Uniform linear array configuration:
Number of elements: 32
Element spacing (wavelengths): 1
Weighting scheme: hamming
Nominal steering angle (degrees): -60
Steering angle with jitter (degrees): -58.943
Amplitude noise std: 0.05
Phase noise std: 0.05

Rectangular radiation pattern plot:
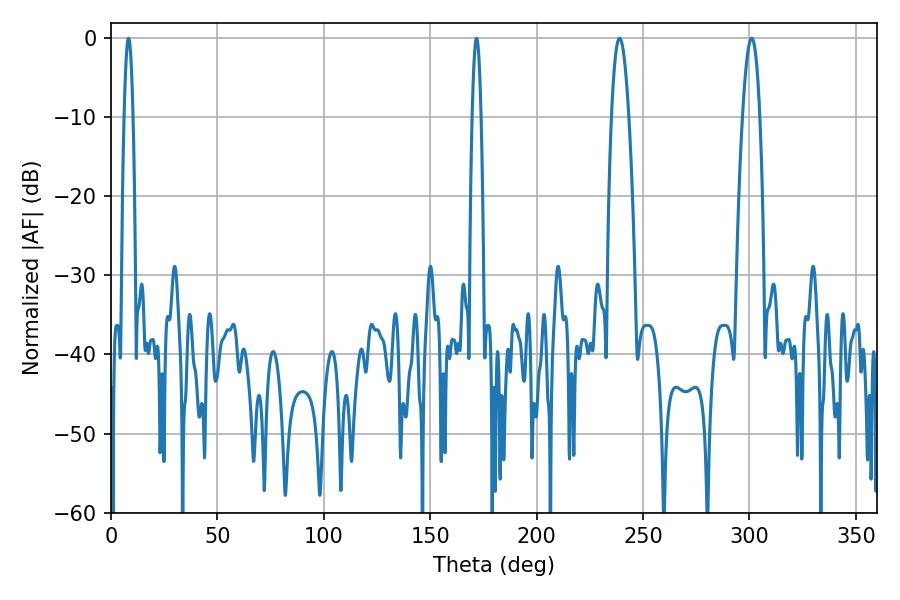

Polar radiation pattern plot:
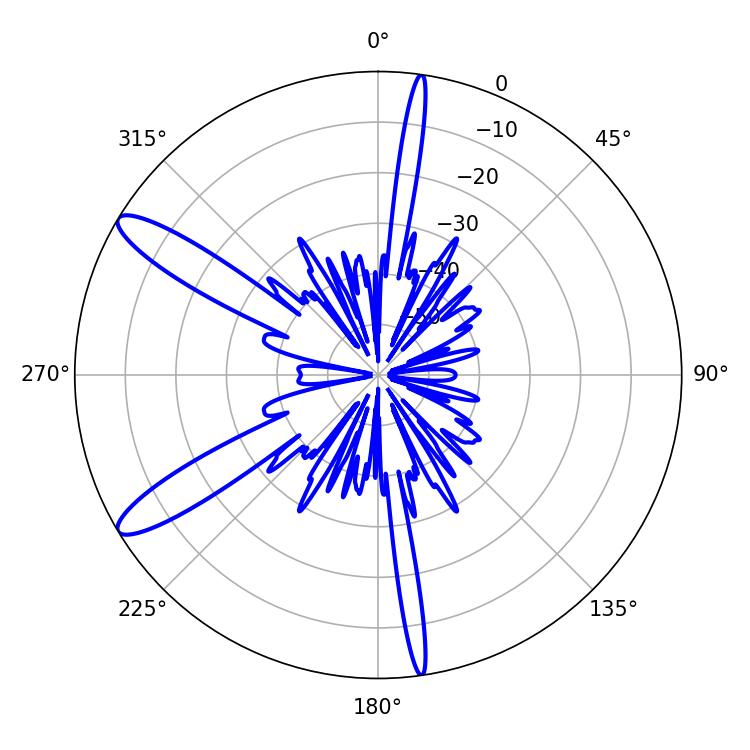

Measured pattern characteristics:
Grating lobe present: TRUE
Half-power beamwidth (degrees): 4.32
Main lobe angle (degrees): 239.04